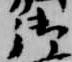
御